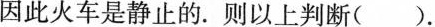
因此火车是静止的。则以上判断().